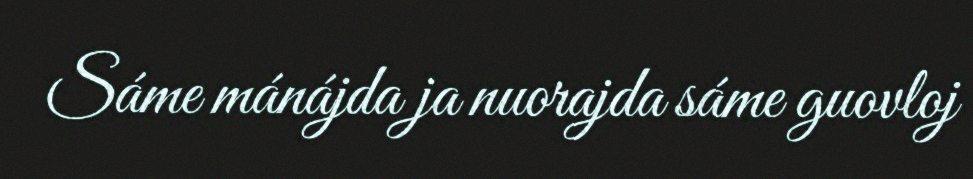
Sáme mánájda ja nuorajda sáme guovloj